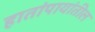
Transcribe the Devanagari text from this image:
हातांपायांतील